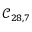
\mathcal { C } _ { 2 8 , 7 }